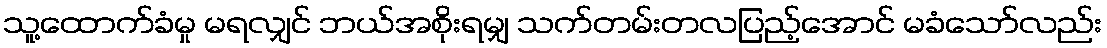
သူ့ထောက်ခံမှု မရလျှင် ဘယ်အစိုးရမျှ သက်တမ်းတလပြည့်အောင် မခံသော်လည်း